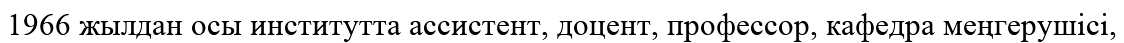
1966 жылдан осы институтта ассистент, доцент, профессор, кафедра меңгерушісі,